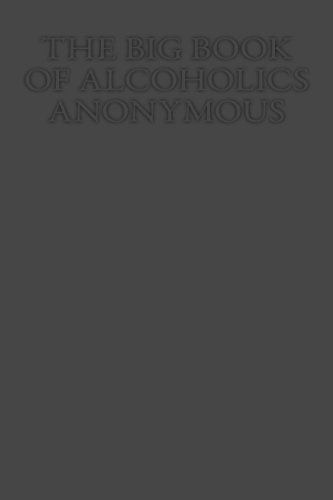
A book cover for The Big Book   of Alcoholics Anonymous; Dr. Bob Smith; Health, Fitness & Dieting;